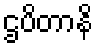
ဌပိတာနိ